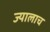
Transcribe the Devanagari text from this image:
ज्यालाच